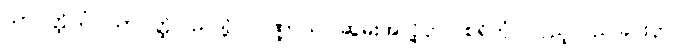
သာဝတ္ထိယံ၊ သာဝတ္ထိပြည်သို့။ ပိဏ္ဍာယ၊ ဆွမ်းအလို့ငှာ။ စရိတုံ၊ လှည့်လည်ခြင်းငှာ။